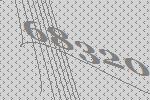
68320